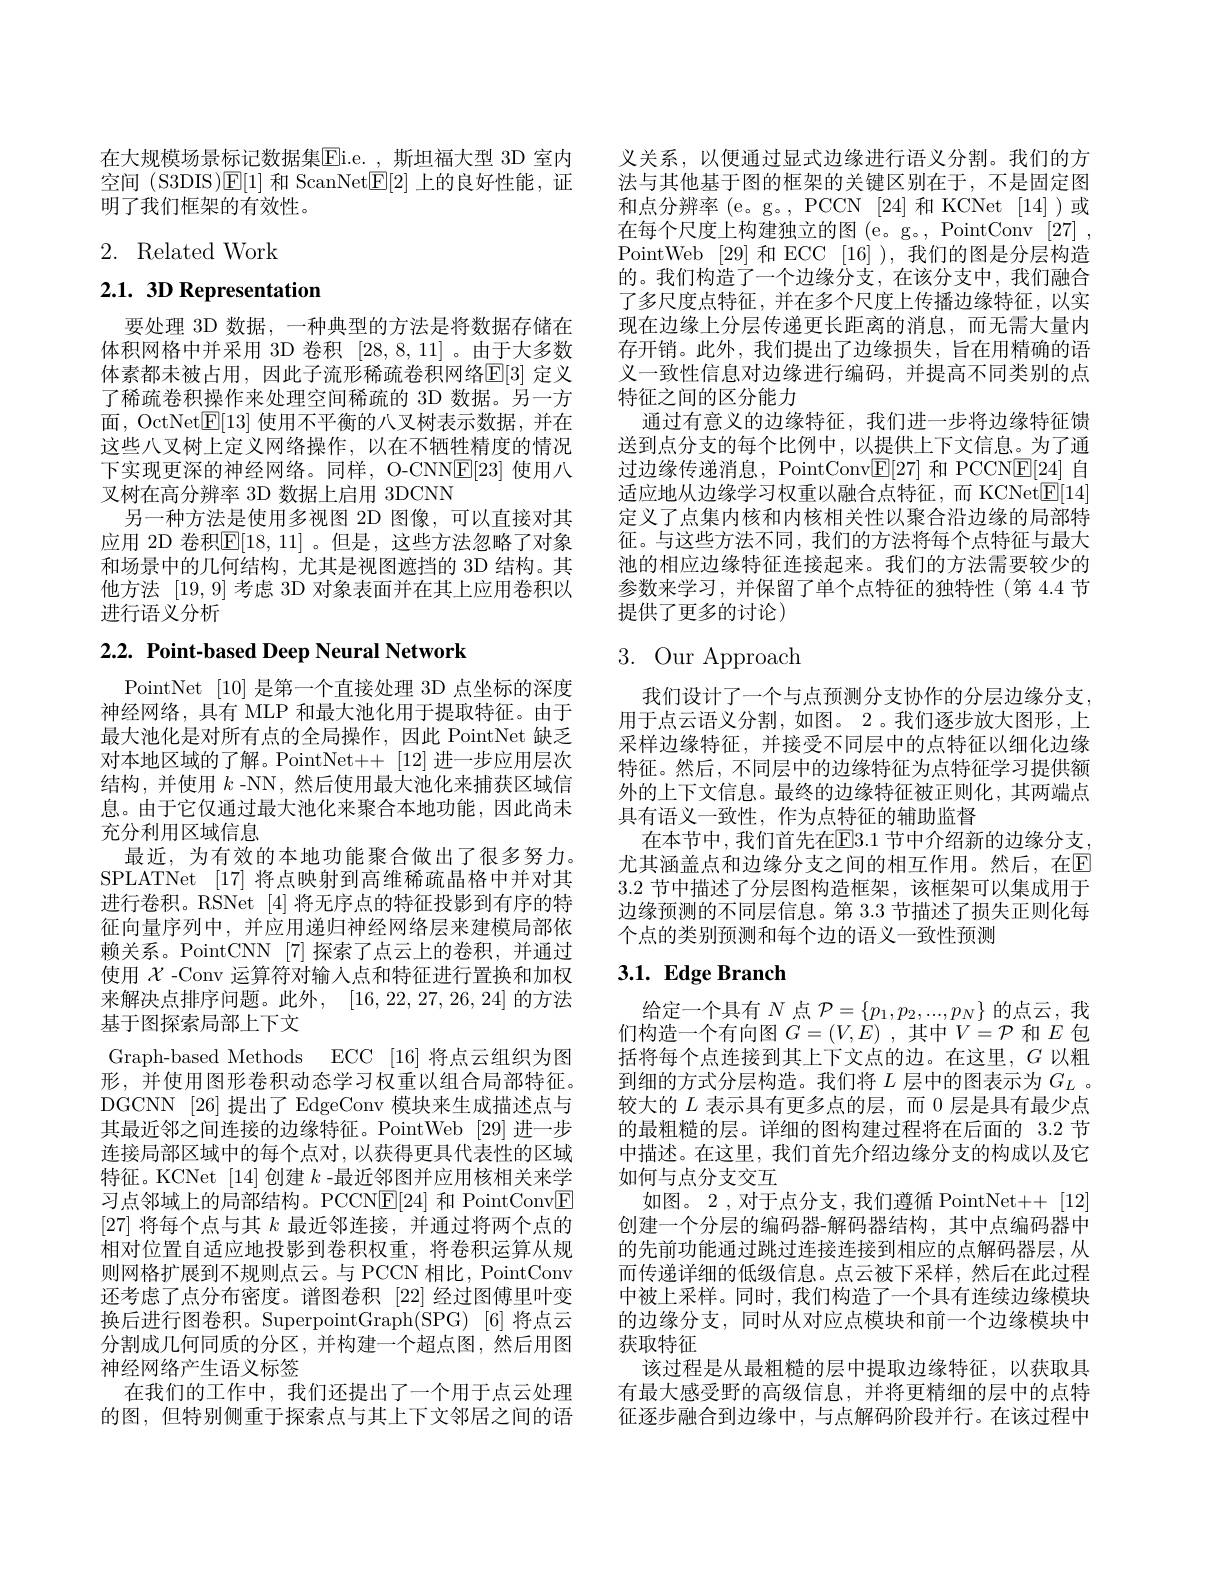
在大规模场景标记数据集$\overline{\mathrm{Ei.e.~,~}}$斯坦福大型 3D 室内空间 (S3DIS)$\operatorname{E}[1]$和 ScanNet$\boxed{\mathrm{F}}[2]$上的良好性能，证明了我们框架的有效性。

# 2. Related Work

# 2.1. 3D Representation

要处理 3D 数据，一种典型的方法是将数据存储在体积网格中并采用 3D 卷积[28,8,11] 。由于大多数体素都未被占用，因此子流形稀疏卷积网络$\mathbb{E}[3]$ 定义了稀疏卷积操作来处理空间稀疏的 3D 数据。另一方面，OctNet$\underline{\mathrm{E}}[13]$使用不平衡的八叉树表示数据，并在这些八叉树上定义网络操作，以在不牺牲精度的情况下实现更深的神经网络。同样，O-CNNE[23] 使用八叉树在高分辨率 3D 数据上启用 3DCNN
另一种方法是使用多视图 2D 图像，可以直接对其应用 2D 卷积$\mathbb{E}[18,11]$ 。但是，这些方法忽略了对象和场景中的几何结构，尤其是视图遮挡的 3D 结构。其他方法[19,9]考虑 3D 对象表面并在其上应用卷积以进行语义分析

# $2. 2. \textbf{ Point- based Deep Neural Network}$

PointNet [10]是第一个直接处理 3D 点坐标的深度神经网络，具有 MLP 和最大池化用于提取特征。由于最大池化是对所有点的全局操作，因此 PointNet 缺乏对本地区域的了解。PointNet++[12]进一步应用层次结构，并使用$k$ -NN, 然后使用最大池化来捕获区域信息。由于它仅通过最大池化来聚合本地功能，因此尚未充分利用区域信息
最近，为有效的本地功能聚合做出了很多努力。SPLATNet [17]将点映射到高维稀疏晶格中并对其进行卷积。RSNet [4]将无序点的特征投影到有序的特征向量序列中，并应用递归神经网络层来建模局部依赖关系。PointCNN [7]探索了点云上的卷积，并通过使用$\mathcal{X}$ -Conv 运算符对输入点和特征进行置换和加权来解决点排序问题。此外，[16,22,27,26,24] 的 方 法 基于图探索局部上下文
Graph-based Methods ECC [16]将点云组织为图形，并使用图形卷积动态学习权重以组合局部特征。DGCNN [26] 提出了 EdgeConv 模块来生成描述点与其最近邻之间连接的边缘特征。PointWeb [29] 进一步连接局部区域中的每个点对，以获得更具代表性的区域特征。KCNet [14]创建$k$ -最近邻图并应用核相关来学习点邻域上的局部结构。PCCN$\boxed{\mathrm{E}}[24]$和 PointConv$\boxed{\mathrm{F}}$ [27]将每个点与其$k$最近邻连接，并通过将两个点的相对位置自适应地投影到卷积权重，将卷积运算从规则网格扩展到不规则点云。与 PCCN 相比，PointConv 还考虑了点分布密度。谱图卷积 [22] 经过图傅里叶变换后进行图卷积。SuperpointGraph(SPG) [6] 将点云分割成几何同质的分区，并构建一个超点图，然后用图神经网络产生语义标签
在我们的工作中，我们还提出了一个用于点云处理的图，但特别侧重于探索点与其上下文邻居之间的语

义关系，以便通过显式边缘进行语义分割。我们的方法与其他基于图的框架的关键区别在于，不是固定图和点分辨率 (e。g。, PCCN [24] 和 KCNet [14])或在每个尺度上构建独立的图 (e。g。, PointConv [27] , PointWeb [29]和 ECC [16] ),我们的图是分层构造的。我们构造了一个边缘分支，在该分支中，我们融合了多尺度点特征，并在多个尺度上传播边缘特征，以实现在边缘上分层传递更长距离的消息，而无需大量内存开销。此外，我们提出了边缘损失，旨在用精确的语义一致性信息对边缘进行编码，并提高不同类别的点特征之间的区分能力
通过有意义的边缘特征，我们进一步将边缘特征馈送到点分支的每个比例中，以提供上下文信息。为了通过边缘传递消息，PointConv$\boxed{\mathrm{F}}[27]$和 PCCNE[24] 自适应地从边缘学习权重以融合点特征，而 KCNet$\underline{\mathrm{E}}[14]$ 定义了点集内核和内核相关性以聚合沿边缘的局部特征。与这些方法不同，我们的方法将每个点特征与最大池的相应边缘特征连接起来。我们的方法需要较少的参数来学习，并保留了单个点特征的独特性(第 4.4 节提供了更多的讨论)

# 3. Our Approach

我们设计了一个与点预测分支协作的分层边缘分支， 用于点云语义分割，如图。2。我们逐步放大图形，上采样边缘特征，并接受不同层中的点特征以细化边缘特征。然后，不同层中的边缘特征为点特征学习提供额外的上下文信息。最终的边缘特征被正则化，其两端点具有语义一致性，作为点特征的辅助监督
在本节中，我们首先在E3.1 节中介绍新的边缘分支， 尤其涵盖点和边缘分支之间的相互作用。然后，在$\mathbb{E}$ 3.2节中描述了分层图构造框架，该框架可以集成用于边缘预测的不同层信息。第 3.3 节描述了损失正则化每个点的类别预测和每个边的语义一致性预测

## $3. 1. \textbf{ Edge Branch}$

给定一个具有$N$点$\mathcal{P}=\{p_1,p_2,...,p_N\}$的点云，我们构造一个有向图$G=(V,E)$ ,其中$V=\mathcal{P}$和$E$包括将每个点连接到其上下文点的边。在这里，$G$以粗到细的方式分层构造。我们将$L$层中的图表示为$G_L$ 。较大的$L$表示具有更多点的层，而 0 层是具有最少点的最粗糙的层。详细的图构建过程将在后面的 3.2 节中描述。在这里，我们首先介绍边缘分支的构成以及它如何与点分支交互
如图。2 , 对于点分支，我们遵循 PointNet++ [12] 创建一个分层的编码器-解码器结构，其中点编码器中的先前功能通过跳过连接连接到相应的点解码器层，从而传递详细的低级信息。点云被下采样，然后在此过程中被上采样。同时，我们构造了一个具有连续边缘模块的边缘分支，同时从对应点模块和前一个边缘模块中获取特征
该过程是从最粗糙的层中提取边缘特征，以获取具有最大感受野的高级信息，并将更精细的层中的点特征逐步融合到边缘中，与点解码阶段并行。在该过程中